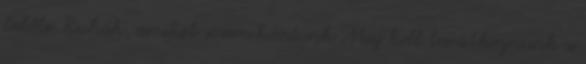
belőle. Ruhák, amiket sosem hordunk Meg kell barátkoznunk a